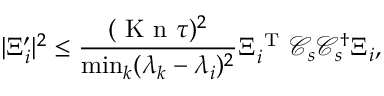
\vert \Xi _ { i } ^ { \prime } \vert ^ { 2 } \leq \frac { ( \ensuremath { \mathrm { ~ K ~ n ~ } } \tau ) ^ { 2 } } { \operatorname* { m i n } _ { k } ( \lambda _ { k } - \lambda _ { i } ) ^ { 2 } } \Xi _ { i } ^ { \mathrm { ~ T ~ } } \mathcal C _ { s } \mathcal C _ { s } ^ { \dagger } \Xi _ { i } ,